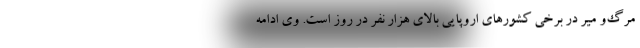
مرگ‌و میر در برخی کشورهای اروپایی بالای هزار نفر در روز است. وی ادامه